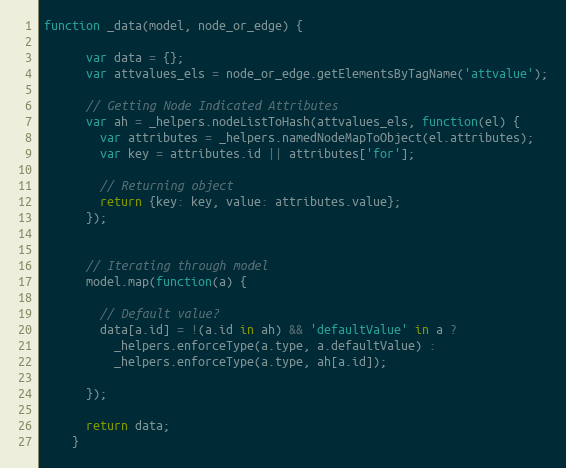
Language: JavaScript
function _data(model, node_or_edge) {

      var data = {};
      var attvalues_els = node_or_edge.getElementsByTagName('attvalue');

      // Getting Node Indicated Attributes
      var ah = _helpers.nodeListToHash(attvalues_els, function(el) {
        var attributes = _helpers.namedNodeMapToObject(el.attributes);
        var key = attributes.id || attributes['for'];

        // Returning object
        return {key: key, value: attributes.value};
      });

      // Iterating through model
      model.map(function(a) {

        // Default value?
        data[a.id] = !(a.id in ah) && 'defaultValue' in a ?
          _helpers.enforceType(a.type, a.defaultValue) :
          _helpers.enforceType(a.type, ah[a.id]);

      });

      return data;
    }